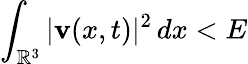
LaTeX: \int_{\mathbb{R}^{3}}\vert\mathbf{v}(x,t)\vert^{2}\, dx<E